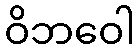
ဝိဘဝေါ